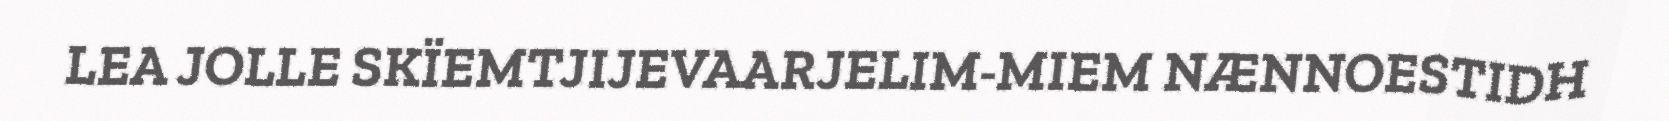
LEA JOLLE SKÏEMTJIJEVAARJELIM-MIEM NÆNNOESTIDH